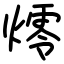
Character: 燯